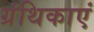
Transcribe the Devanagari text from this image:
ग्रंथिकाएं